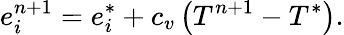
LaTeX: e_{i}^{n+1}=e_{i}^{*}+c_{v}\left(T^{n+1}-T^{*}\right).